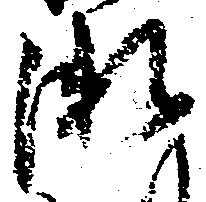
瀬